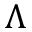
\Lambda